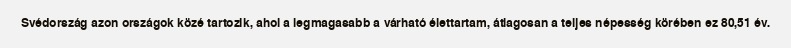
Svédország azon országok közé tartozik, ahol a legmagasabb a várható élettartam, átlagosan a teljes népesség körében ez 80,51 év.